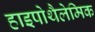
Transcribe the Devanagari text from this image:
हाइपोथैलेमिक